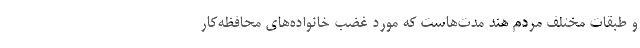
و طبقات مختلف مردم هند مدت‌هاست که مورد غضب خانواده‌های محافظه‌کار